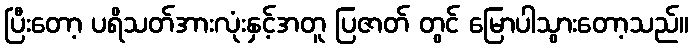
ပြီးတော့ ပရိသတ်အားလုံးနှင့်အတူ ပြဇာတ် တွင် မြောပါသွားတော့သည်။